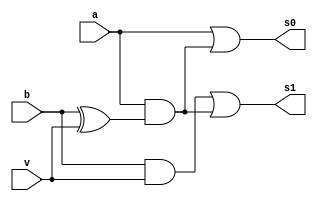
// ---------------------
// Guia 05 Ex02
// Nome: Felipe Barros Silva
// ---------------------


module diferencacompleto (s0, s1, a, b, v);
output s0, s1;
input a, b, v;
//wire temp1, temp2, temp3, temp4);
wire temp1, temp2, temp3, temp4;    // CORRIGIDO
or Or1 (s0, a, temp1);
or Or2 (s1, temp2, temp3);
and And1 (temp1, a, temp4);
xor Xor1 (temp4, b, v);
and And2 (temp2, b, v);
and And3 (temp3, temp4, a);

endmodule

module teste;
 // FAZER A DESCRICAO DO MODULO DE TESTES
endmodule